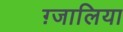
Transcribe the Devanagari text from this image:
ग़्जालिया